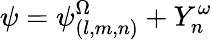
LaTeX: \psi=\psi_{(l,m,n)}^{\Omega}+Y_{n}^{\omega}